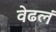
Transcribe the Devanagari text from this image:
वेढलं